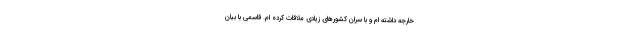
خارجه داشته ام و با سران کشورهای زیادی ملاقات کرده ام. قاسمی با بیان